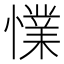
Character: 𢢜